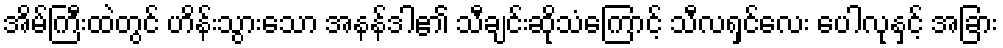
အိမ်ကြီးထဲတွင် ဟိန်းသွားသော အနန်ဒါ၏ သီချင်းဆိုသံကြောင့် သီလရှင်လေး ပေါလုနှင့် အခြား